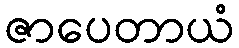
ဇာပေတာယံ